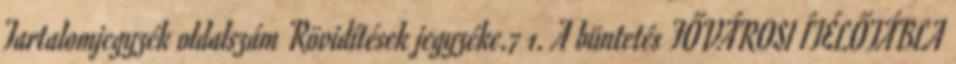
Tartalomjegyzék oldalszám Rövidítések jegyzéke.7 1. A büntetés FŐVÁROSI ÍTÉLŐTÁBLA